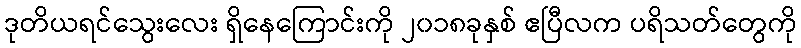
ဒုတိယရင်သွေးလေး ရှိနေကြောင်းကို ၂၀၁၈ခုနှစ် ဧပြီလက ပရိသတ်တွေကို